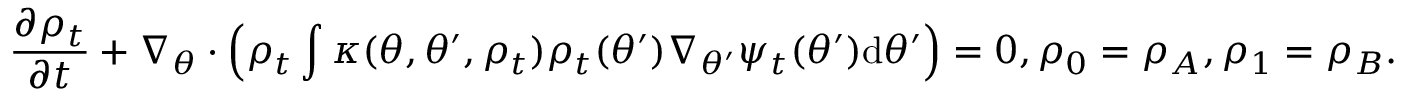
\frac { \partial \rho _ { t } } { \partial t } + \nabla _ { \theta } \cdot \Bigl ( \rho _ { t } \int \kappa ( \theta , \theta ^ { \prime } , \rho _ { t } ) \rho _ { t } ( \theta ^ { \prime } ) \nabla _ { \theta ^ { \prime } } \psi _ { t } ( \theta ^ { \prime } ) \mathrm { d } \theta ^ { \prime } \Bigr ) = 0 , \rho _ { 0 } = \rho _ { A } , \rho _ { 1 } = \rho _ { B } .